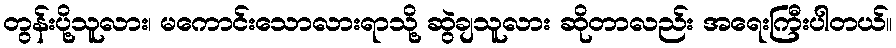
တွန်းပို့သူလား၊ မကောင်းသောလားရာသို့ ဆွဲချသူလား ဆိုတာလည်း အရေးကြီးပါတယ်။